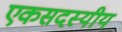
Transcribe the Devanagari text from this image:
एकसदस्यीय